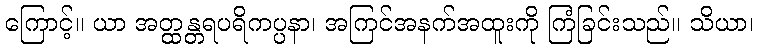
ကြောင့်။ ယာ အတ္ထန္တရပရိကပ္ပနာ၊ အကြင်အနက်အထူးကို ကြံခြင်းသည်။ သိယာ၊